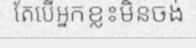
តែបើអ្នកខ្លះមិនចង់